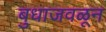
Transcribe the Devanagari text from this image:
बुधाजवळून